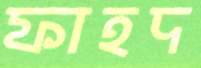
ফাহদ